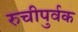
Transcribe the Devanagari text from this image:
रुचीपुर्वक